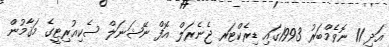
އަދި 11 ނޮވެމްބަރު 1993ގައި ޑިރެކްޓަރ ޖެނެރަލް އޮފް ނޭޝަނަލް ސެކިއުރިޓީގެ މަޤާމުން